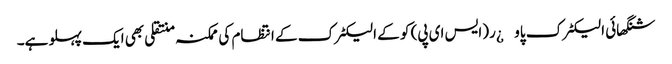
شنگھائی الیکٹرک پاو¿ر(ایس ای پی) کو کے الیکٹرک کے انتظام کی ممکنہ منتقلی بھی ایک پہلو ہے۔